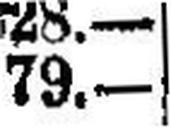
79.—